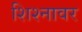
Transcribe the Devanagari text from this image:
शिश्नावर